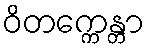
ဝိတက္ကေန္တာ